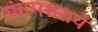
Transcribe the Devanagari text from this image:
संगमश्वराचे